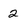
Character: 2